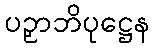
ပဉှာဘိပုဋ္ဌေန